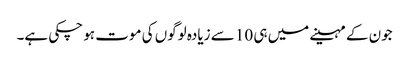
جون کے مہینے میں ہی 10 سے زیادہ لوگوں کی موت ہو چکی ہے۔